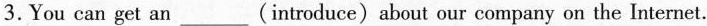
3.You can get an___(introduce) about our company on the Internet.